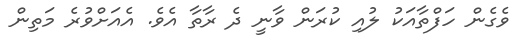
ވެގެން ހަފްތާއަކު ލުއި ކުރަން ވާނީ ދެ ރާތާ އެވެ. އެއަށްވުރެ މަތިން